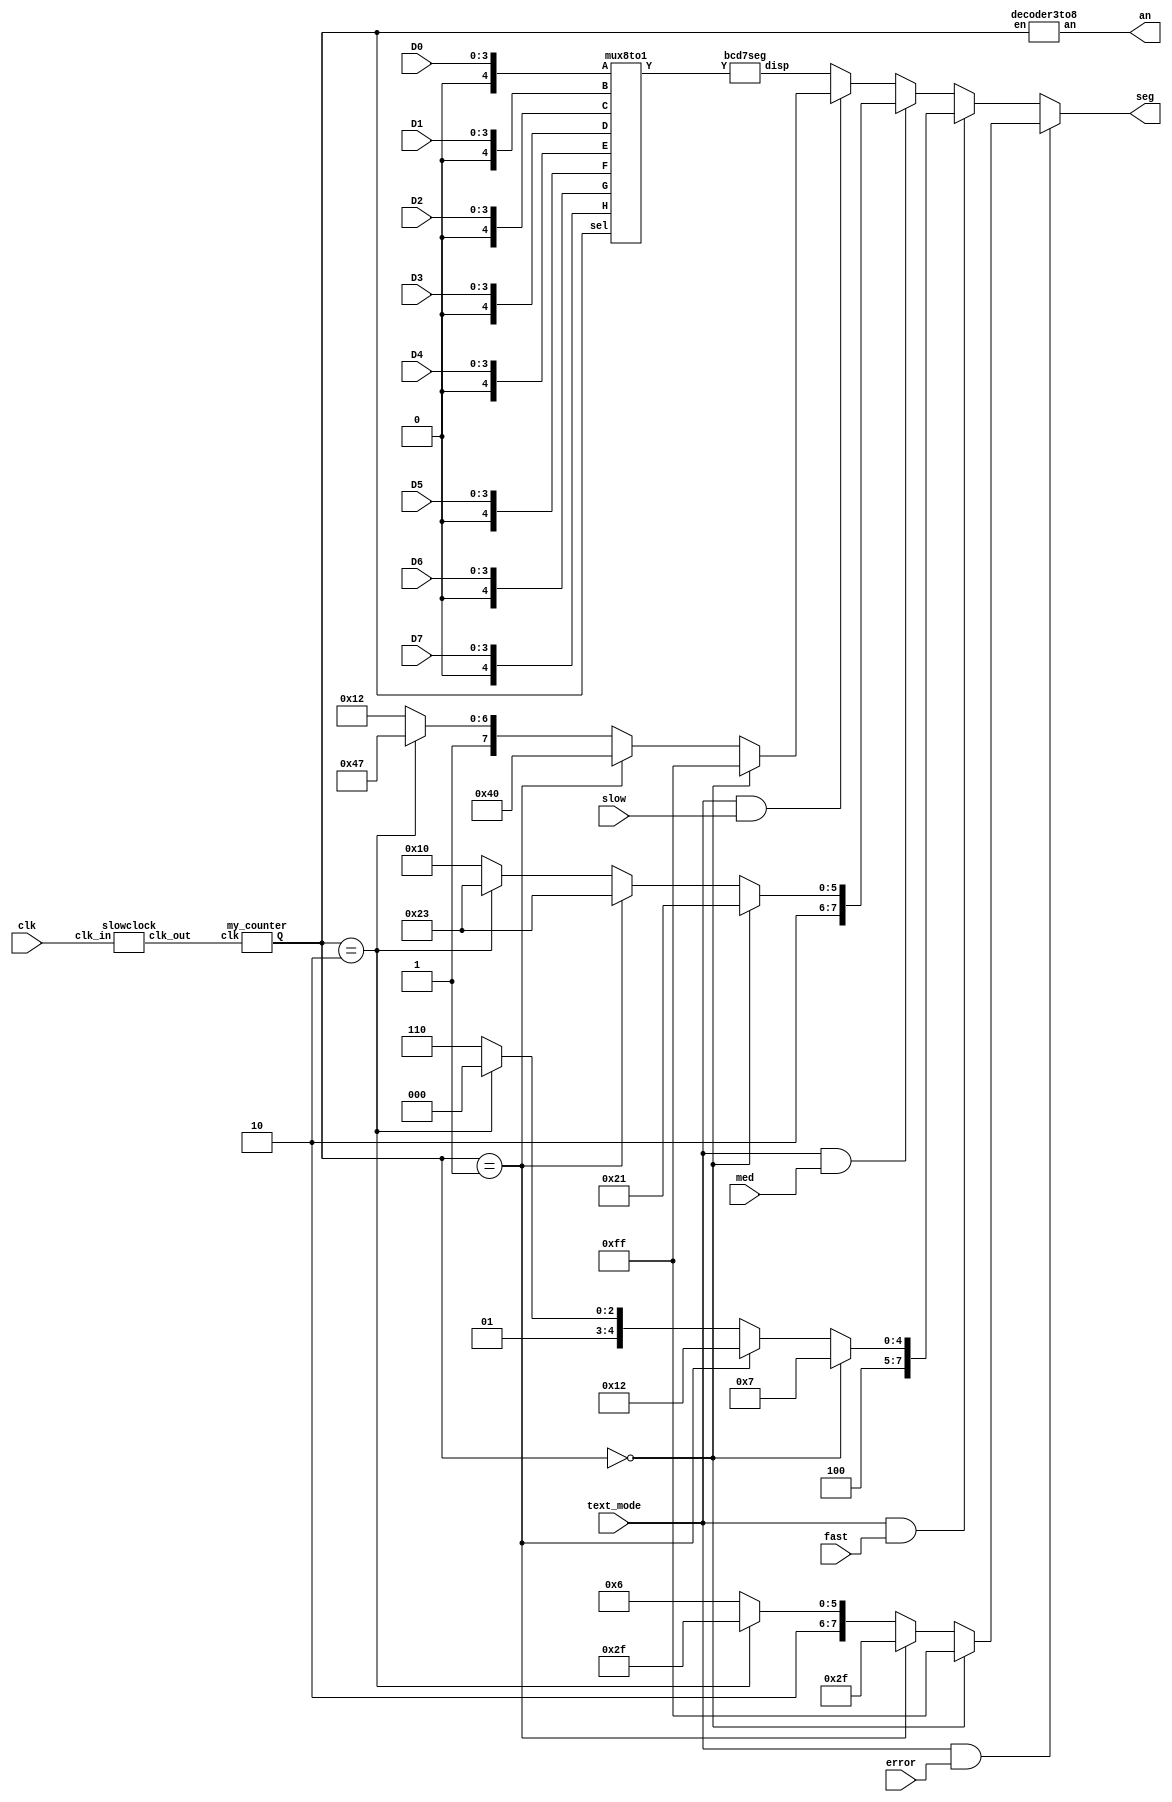
`timescale 1ns / 1ps
module DISP7SEG(
    input clk
	
    ,input [3:0] D0
    ,input [3:0] D1
    ,input [3:0] D2
    ,input [3:0] D3

    ,input [3:0] D4
    ,input [3:0] D5
    ,input [3:0] D6
    ,input [3:0] D7

    ,input text_mode
    ,input slow
    ,input med
    ,input fast
    ,input error

    ,output [7:0] seg
    ,output [7:0] an
    );
wire [2:0] sel;
wire [4:0] Y;
wire clk_out;

wire a0, a1, a2, a3, a4;
wire b0, b1, b2, b3, b4;
wire c0, c1, c2, c3, c4;
wire d0, d1, d2, d3, d4;
wire e0, e1, e2, e3, e4;
wire f0, f1, f2, f3, f4;
wire g0, g1, g2, g3, g4;
wire h0, h1, h2, h3, h4;
wire [7:0] seg_number;

assign a4 = 0;
assign b4 = 0;
assign c4 = 0;
assign d4 = 0;
assign e4 = 0;
assign f4 = 0;
assign g4 = 0;
assign h4 = 0;

assign {a3, a2, a1, a0} = D0;
assign {b3, b2, b1, b0} = D1;
assign {c3, c2, c1, c0} = D2;
assign {d3, d2, d1, d0} = D3;
assign {e3, e2, e1, e0} = D4;
assign {f3, f2, f1, f0} = D5;
assign {g3, g2, g1, g0} = D6;
assign {h3, h2, h1, h0} = D7;

             
assign seg = text_mode & error ? ( sel == 3'b000 ? 8'b11111111 : sel == 3'b001 ? 8'b00101111 : sel == 3'b010 ? 8'b10101111 : 8'b10000110 ):
	     text_mode & fast  ? ( sel == 3'b000 ? 8'b10000111 : sel == 3'b001 ? 8'b10010010 : sel == 3'b010 ? 8'b10001000 : 8'b10001110 ):
             text_mode & med   ? ( sel == 3'b000 ? 8'b10100001 : sel == 3'b001 ? 8'b10100011 : sel == 3'b010 ? 8'b10100011 : 8'b10010000 ):
             text_mode & slow  ? ( sel == 3'b000 ? 8'b11111111 : sel == 3'b001 ? 8'b01000000 : sel == 3'b010 ? 8'b11000111 : 8'b10010010 ):
             seg_number;

bcd7seg bcd7seg (.Y(Y), .disp(seg_number));

slowclock slowclock (.clk_in(clk), .clk_out(clk_out));

my_counter my_counter (.clk(clk_out), .Q(sel));

mux8to1 mux8to1 (.A({a4, a3, a2, a1, a0}), .B({b4, b3, b2, b1, b0}), .C({c4, c3, c2, c1, c0}), .D({d4, d3, d2, d1, d0}), 
				 .E({e4, e3, e2, e1, e0}), .F({f4, f3, f2, f1, f0}), .G({g4, g3, g2, g1, g0}), .H({h4, h3, h2, h1, h0}), .sel(sel), .Y(Y));

decoder3to8 decoder3to8 ( .en(sel), .an(an));

endmodule
////////////////////////////////////
module bcd7seg(input[4:0] Y, output reg[7:0] disp);
	always@(Y)	begin
		case(Y[3:0])
			00:       disp={!Y[4], 7'b1000000};
			01:       disp={!Y[4], 7'b1111001};
			02:       disp={!Y[4], 7'b0100100};
			03:       disp={!Y[4], 7'b0110000};
			04:       disp={!Y[4], 7'b0011001};
			05:       disp={!Y[4], 7'b0010010};
			06:       disp={!Y[4], 7'b0000010};
			07:       disp={!Y[4], 7'b1111000};
			08:       disp={!Y[4], 7'b0000000};
			09:       disp={!Y[4], 7'b0010000};
			10:       disp={!Y[4], 7'b0001000};
			11:       disp={!Y[4], 7'b0000011};
			12:       disp={!Y[4], 7'b1000110};
			13:       disp={!Y[4], 7'b0100001};
			14:       disp={!Y[4], 7'b0000110};
			default:  disp={!Y[4], 7'b0001110};
		endcase
	end
endmodule
////////////////////////////////////
module slowclock (clk_in, clk_out);
input clk_in; output clk_out;
reg clk_out;
reg [25 : 0] period_count;

always @ (posedge clk_in)
	if (period_count != 2500 - 1)
	begin
		period_count <= period_count + 1;
		clk_out <= 0;
	end
	else
	begin
		period_count <= 0;
		clk_out <= 1;
	end
endmodule
////////////////////////////////////
module my_counter( clk, Q );
input clk;
output [2:0] Q;
reg [2:0] temp;

always @(posedge clk)
begin
	temp <= temp + 1;
end

assign Q = temp;

endmodule
////////////////////////////////////
module mux8to1( input [4:0] A, B, C, D, E, F, G, H, input [2:0] sel, output reg [4:0] Y);
// assign Y = (sel==0)?A : (sel==1)?B : (sel==2)?C : (sel==3)?D : (sel==4)?E : (sel==5)?F : (sel==6)?G : H;
always @* begin
	case(sel)
		3'd0: Y = A;
		3'd1: Y = B;
		3'd2: Y = C;
		3'd3: Y = D;
		3'd4: Y = E;
		3'd5: Y = F;
		3'd6: Y = G;
		3'd7: Y = H;
		default: Y = 5'd0;
	endcase
end
endmodule
////////////////////////////////////
module decoder3to8 (input [2:0] en, output reg [7:0] an);
always@(en)
begin
	case (en)
		0: an=8'b11111110;
		1: an=8'b11111101;
		2: an=8'b11111011;
		3: an=8'b11110111;
		4: an=8'b11101111;
		5: an=8'b11011111;
		6: an=8'b10111111;
		7: an=8'b01111111;
	endcase
end
endmodule
////////////////////////////////////